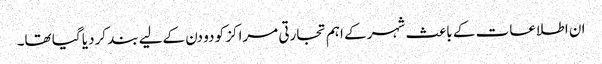
ان اطلاعات کے باعث شہر کے اہم تجارتی مراکز کو دو دن کےلیے بند کردیا گیا تھا۔